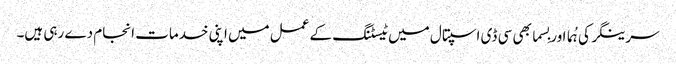
سرینگر کی ہُما اور بِسما بھی سی ڈی اسپتال میں ٹیسٹنگ کے عمل میں اپنی خدمات انجام دے رہی ہیں۔